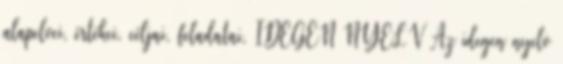
alapelvei, értékei, céljai, feladatai, IDEGEN NYELV Az idegen nyelv